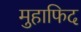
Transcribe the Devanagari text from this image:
मुहाफिद